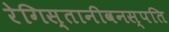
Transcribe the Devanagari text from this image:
रेगिस्तानीवनस्‍पति